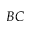
B C